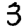
Digit: 3